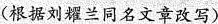
(根据刘耀兰同名文章改写)